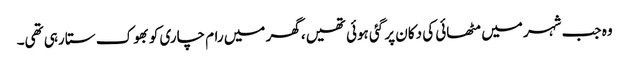
وہ جب شہر میں مٹھائی کی دکان پر گئی ہوئی تھیں، گھر میں رام چاری کو بھوک ستا رہی تھی۔